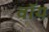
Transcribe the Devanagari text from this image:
वॉय